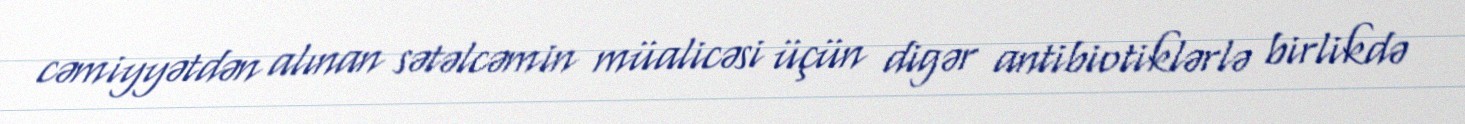
cəmiyyətdən alınan sətəlcəmin müalicəsi üçün digər antibiotiklərlə birlikdə